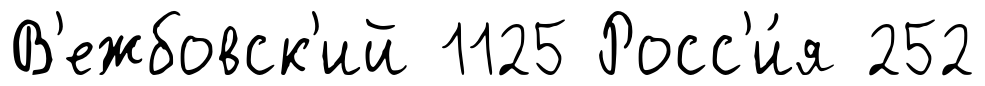
В'ежбовск'ий 1125 Росс'и́я 252